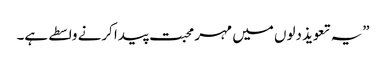
”یہ تعویذ دلوں میں مہر محبت پیدا کرنے واسطے ہے۔